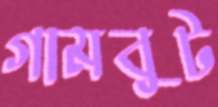
গামবুট